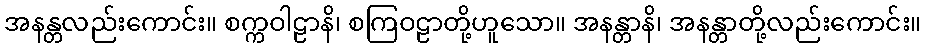
အနန္တလည်းကောင်း။ စက္ကဝါဠာနိ၊ စကြဝဠာတို့ဟူသော။ အနန္တာနိ၊ အနန္တာတို့လည်းကောင်း။